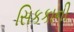
સિકકાની